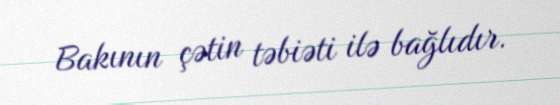
Bakının çətin təbiəti ilə bağlıdır.